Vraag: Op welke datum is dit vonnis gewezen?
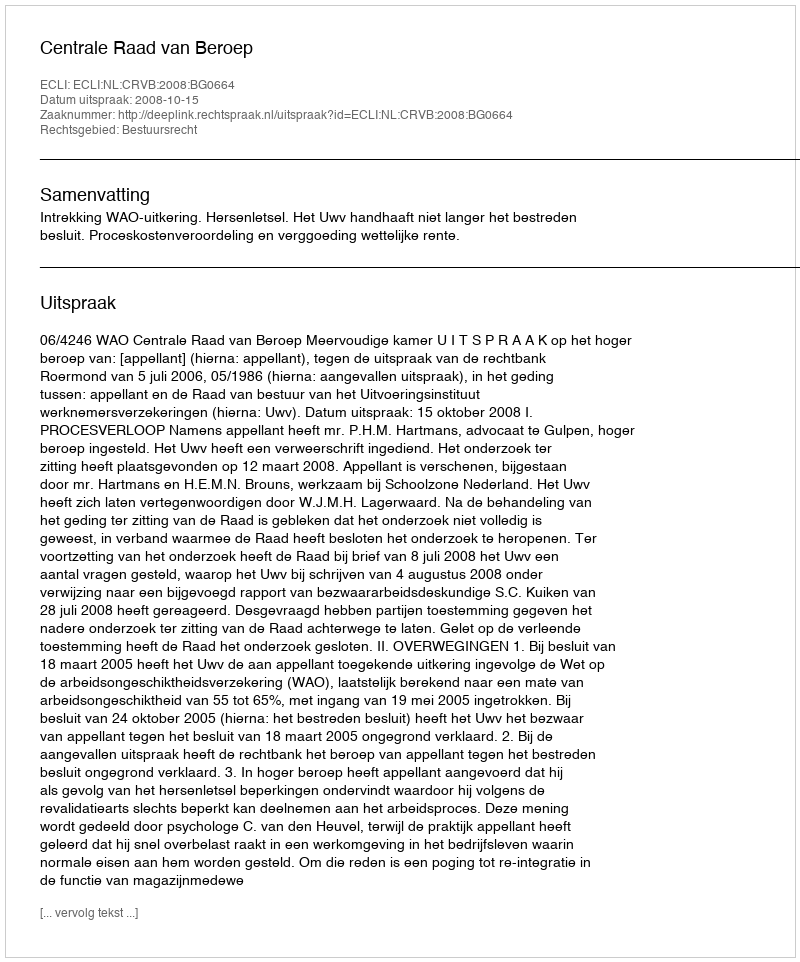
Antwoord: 2008-10-15